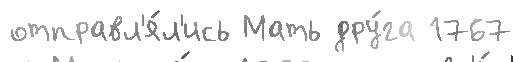
отправл'я́л'ись Мать дру́га 1767